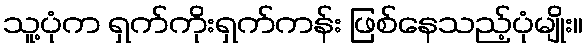
သူ့ပုံက ရှက်ကိုးရှက်ကန်း ဖြစ်နေသည့်ပုံမျိုး။